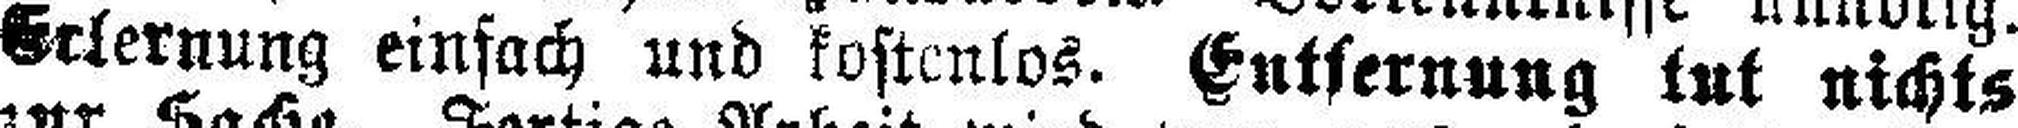
Erlernung einfach und kostenlos. Entfernung tut nichts